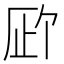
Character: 𪠉